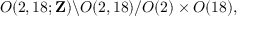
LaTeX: O ( 2 , 1 8 ; { \bf Z } ) \backslash O ( 2 , 1 8 ) / O ( 2 ) \times O ( 1 8 ) ,